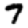
Digit: 7